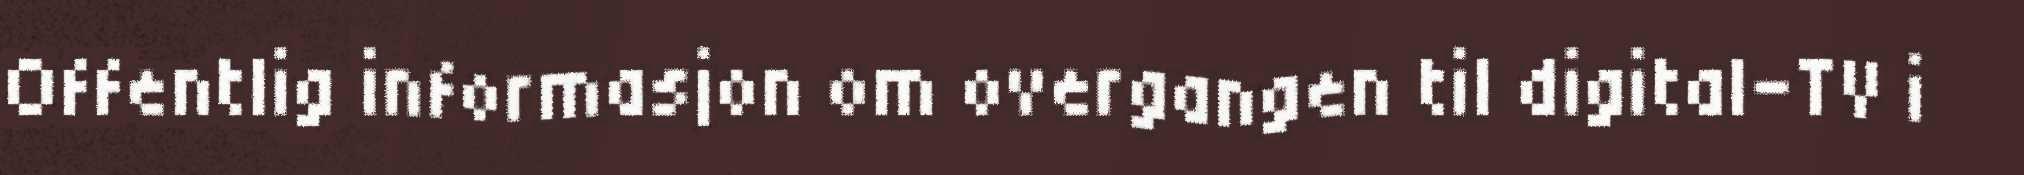
Offentlig informasjon om overgangen til digital-TV i